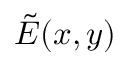
\Tilde { E } ( x , y )